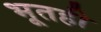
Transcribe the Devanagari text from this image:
भूतही